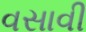
વસાવી